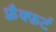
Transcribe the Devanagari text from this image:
फ़्रैक्फ़र्ट